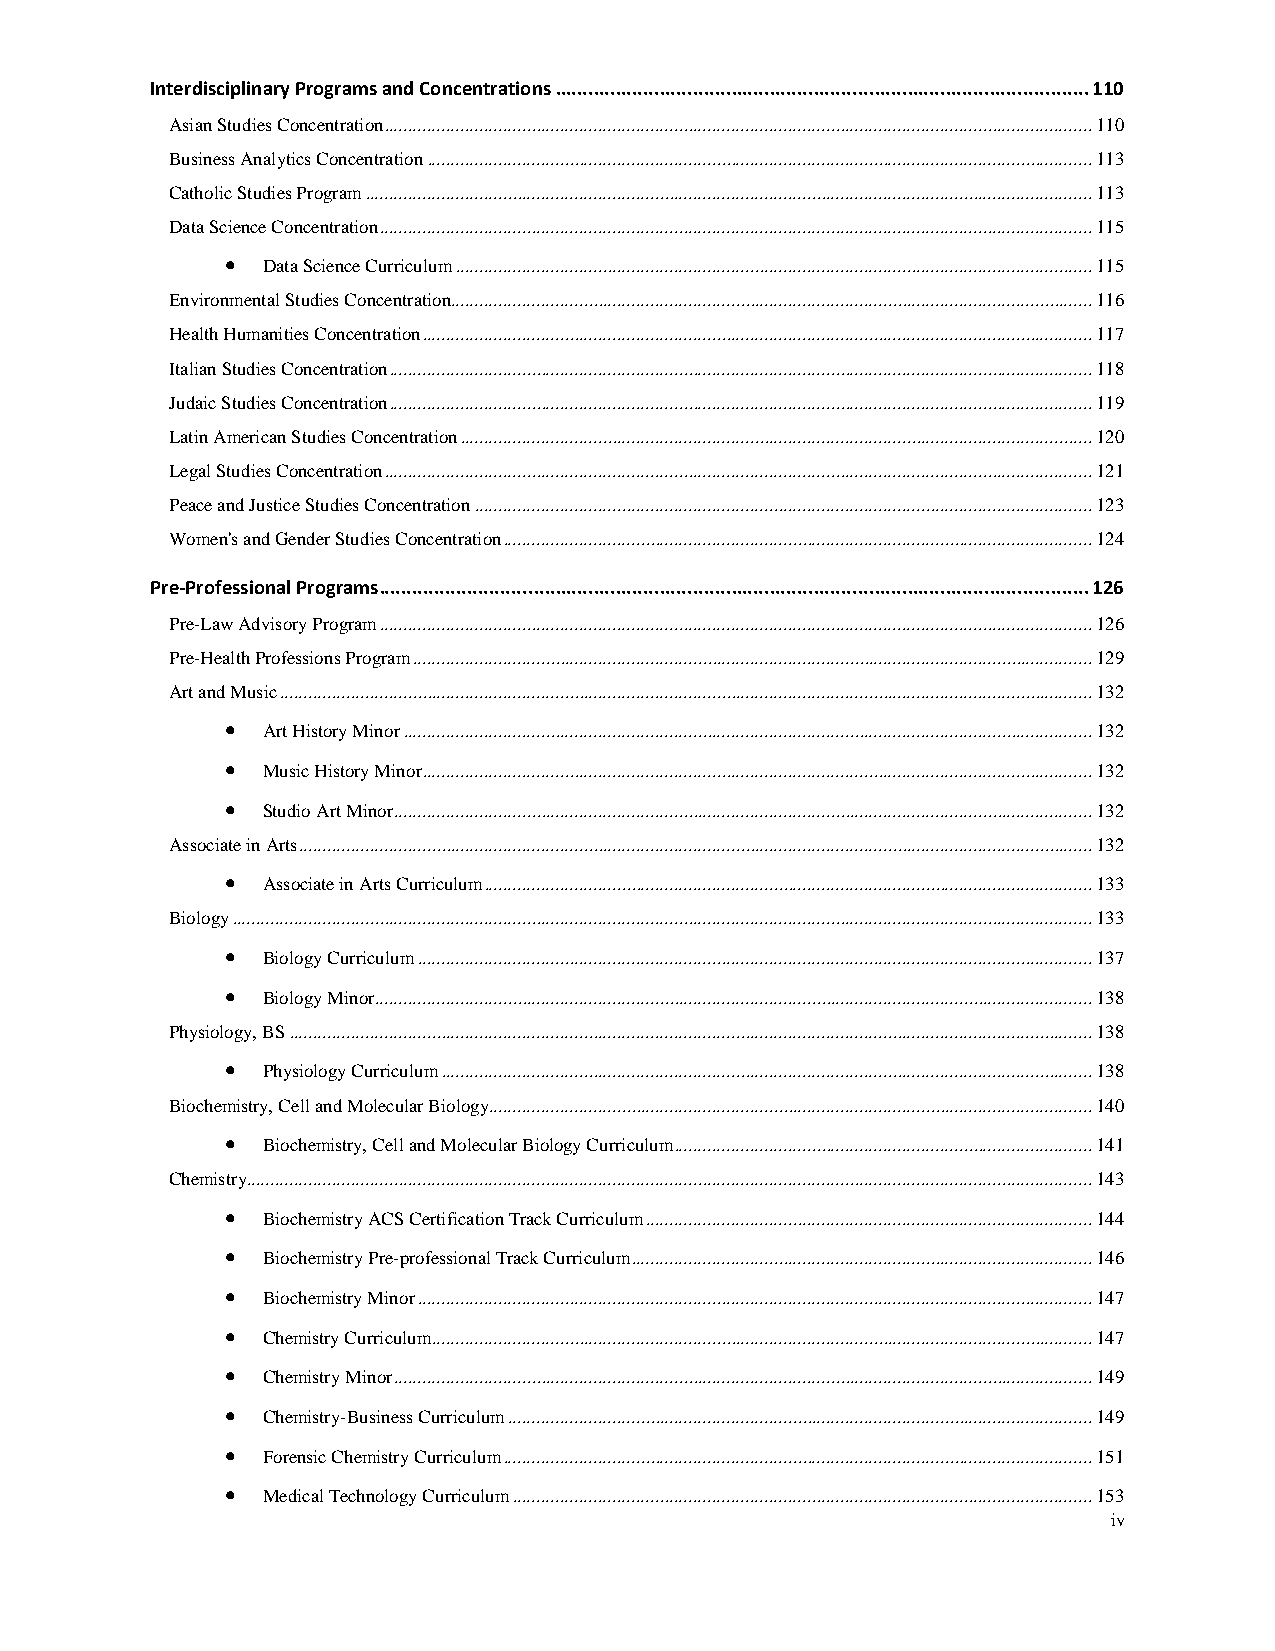
Interdisciplinary Programs and Concentrations ................................................................................................. 110
 Asian Studies Concentration ..................................................................................................................................................... 110
 Business Analytics Concentration ............................................................................................................................................ 113
 Catholic Studies Program ......................................................................................................................................................... 113
 Data Science Concentration ...................................................................................................................................................... 115
 • Data Science Curriculum ...................................................................................................................................... 115
 Environmental Studies Concentration ....................................................................................................................................... 116
 Health Humanities Concentration ............................................................................................................................................. 117
 Italian Studies Concentration .................................................................................................................................................... 118
 Judaic Studies Concentration .................................................................................................................................................... 119
 Latin American Studies Concentration ..................................................................................................................................... 120
 Legal Studies Concentration ..................................................................................................................................................... 121
 Peace and Justice Studies Concentration .................................................................................................................................. 123
 Women's and Gender Studies Concentration ............................................................................................................................ 124
 Pre-Professional Programs ................................................................................................................................. 126
 Pre-Law Advisory Program ...................................................................................................................................................... 126
 Pre-Health Professions Program ............................................................................................................................................... 129
 Art and Music ........................................................................................................................................................................... 132
 • Art History Minor ................................................................................................................................................. 132
 • Music History Minor ............................................................................................................................................. 132
 • Studio Art Minor ................................................................................................................................................... 132
 Associate in Arts ....................................................................................................................................................................... 132
 • Associate in Arts Curriculum ................................................................................................................................ 133
 Biology ..................................................................................................................................................................................... 133
 • Biology Curriculum .............................................................................................................................................. 137
 • Biology Minor ....................................................................................................................................................... 138
 Physiology, BS ......................................................................................................................................................................... 138
 • Physiology Curriculum ......................................................................................................................................... 138
 Biochemistry, Cell and Molecular Biology ............................................................................................................................... 140
 • Biochemistry, Cell and Molecular Biology Curriculum ........................................................................................ 141
 Chemistry.................................................................................................................................................................................. 143
 • Biochemistry ACS Certification Track Curriculum .............................................................................................. 144
 • Biochemistry Pre-professional Track Curriculum ................................................................................................. 146
 • Biochemistry Minor .............................................................................................................................................. 147
 • Chemistry Curriculum ........................................................................................................................................... 147
 • Chemistry Minor ................................................................................................................................................... 149
 • Chemistry-Business Curriculum ........................................................................................................................... 149
 • Forensic Chemistry Curriculum ............................................................................................................................ 151
 • Medical Technology Curriculum .......................................................................................................................... 153
 iv